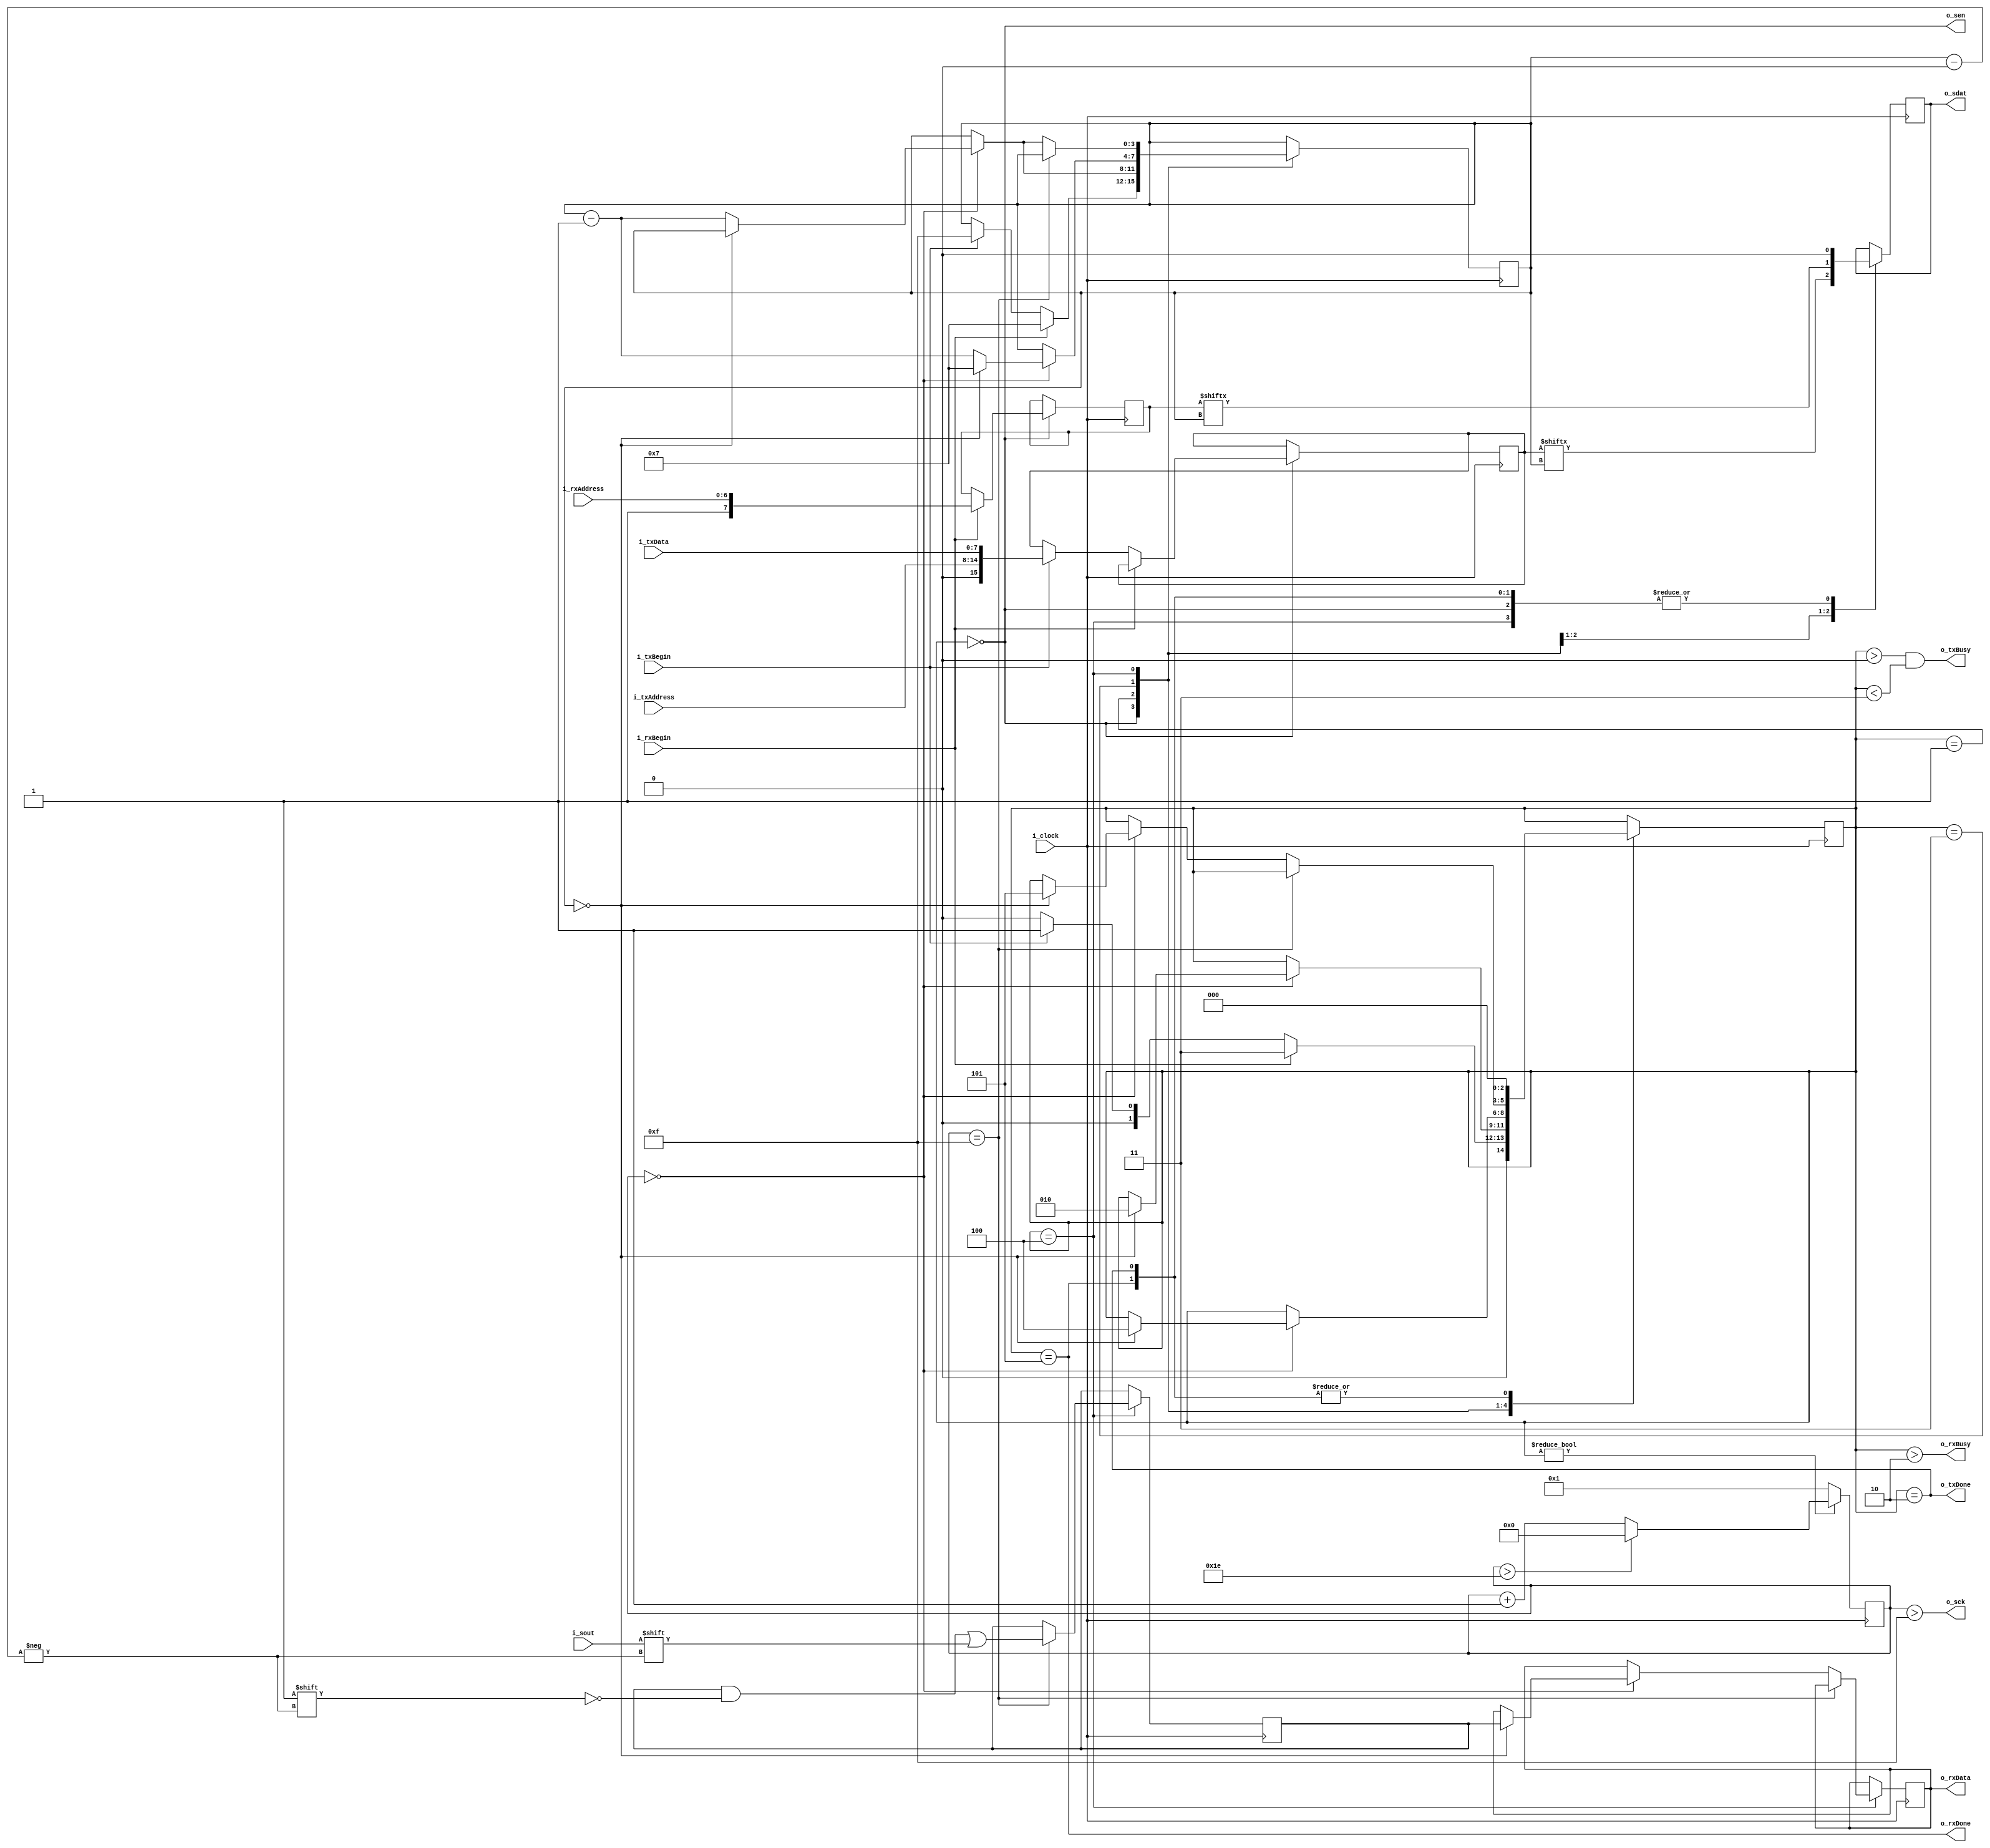
module spi
(
	//Clock
	input 			i_clock,
	
	//Tx
	input			i_txBegin,
	input[6:0]		i_txAddress,
	input[7:0]		i_txData,
	output			o_txBusy,
	output			o_txDone,
	
	//Rx
	input			i_rxBegin,
	input[6:0]		i_rxAddress,
	output reg[7:0]	o_rxData,
	output			o_rxBusy,
	output			o_rxDone,
	
	//IO (Named to match with HDP pin naming)
	input			i_sout, //MISO
	output			o_sen, //CS (active low)
	output			o_sck, //SCK (data clocked on rising edge)
	output reg		o_sdat //MOSI
);

reg[15:0]			r_txData;
reg[7:0]			r_rxAddress;
reg[7:0]			r_rxData;

///////////////////////
//State machine setup//
///////////////////////
parameter 	s_IDLE = 0;
parameter	s_TXSENDING = 1;
parameter 	s_TXDONE	= 2;
parameter 	s_RXSENDING = 3;
parameter 	s_RXRECEIVING = 4;
parameter	s_RXDONE = 5;

reg[2:0]	r_state = s_IDLE;

//Output flags
assign o_txBusy = (r_state > s_IDLE) && (r_state < s_RXSENDING);
assign o_txDone = (r_state == s_TXDONE);

assign o_rxBusy = (r_state > s_TXDONE);
assign o_rxDone = (r_state == s_RXDONE);

assign o_sen = (r_state == s_IDLE);
assign w_clockEnable = (r_state != s_IDLE);

/////////////////
//Clock Divider//
////////////////
parameter 	CLOCKS_PER_BIT = 30;
reg[7:0]	r_clockCounter = 0;


assign o_sck = (r_clockCounter > CLOCKS_PER_BIT[7:1]); //[7:1] is a divide by 2 in effect
//If clock is disabled or has overflowed, set r_clockCounter to 0. This also takes o_sck low which is its idle state

reg[3:0] r_bitCounter = 0;
always @(posedge i_clock) r_clockCounter <= w_clockEnable ? (r_clockCounter > CLOCKS_PER_BIT ? 0 : r_clockCounter + 1) : 1; //Set it to 0 if clock disabled	
//Disabled value is 1 as later routines check for r_clockCounter == 0 to detect falling edge, this means that they happened instantly when the clock became enabled
//The timing error introduced is not significant as SPI is edge triggered so separation not important

always @(posedge i_clock)
begin
	case (r_state)
	
	s_IDLE:
	begin
		o_sdat <= 0;
		if(i_rxBegin)
		begin
			r_state <= s_RXSENDING;
			r_rxAddress <= {1'b1, i_rxAddress[6:0]};
			r_bitCounter <= 4'd7; //1 read bit plus 7 address bits so MSB is bit 7
		end
		else if(i_txBegin)
		begin
			r_state <= s_TXSENDING;
			r_txData <= {1'b0, i_txAddress[6:0], i_txData[7:0]}; //concatenate start bit, address and data
			r_bitCounter <= 4'd15; //16 bits in total, MSB is bit 15
		end
		else r_state <= s_IDLE;
	end //case s_IDLE
	
	s_TXSENDING:
	begin
		o_sdat <= r_txData[r_bitCounter];
		if(r_clockCounter == 0)
		begin
			if(r_bitCounter == 0)
				r_state <= s_TXDONE;
			else
				r_bitCounter <= r_bitCounter - 1;
		end
	end //case s_TXSENDING
	
	s_TXDONE:
	begin
		o_sdat <= 0;
		r_state <= s_IDLE; //Provides delay of 1 clock cycle for o_txDone signal
	end //case s_TXDONE;
	
	s_RXSENDING:
	begin
		o_sdat <= r_rxAddress[r_bitCounter];
		if(r_clockCounter == 0)
		begin
			if(r_bitCounter == 0)
			begin
				r_bitCounter <= 4'd7;
				r_state <= s_RXRECEIVING;
			end
			else
				r_bitCounter <= r_bitCounter - 1;
		end
	end //case s_RXSENDING
	
	s_RXRECEIVING:
	begin
		o_sdat <= 0;
		if(r_clockCounter == CLOCKS_PER_BIT[7:1]) //We are at rising edge of serial clock
		begin
			r_rxData[r_bitCounter] <= i_sout;
		end
		
		else if(r_clockCounter == 0)
		begin
			if(r_bitCounter == 0)
			begin
				r_state <= s_RXDONE;
				o_rxData <= r_rxData;
			end
			else
				r_bitCounter <= r_bitCounter - 1;
		end
	
	end //case s_RXRECEIVING
	
	
	s_RXDONE:
	begin
		o_sdat <= 0;
		r_state <= s_IDLE; //1 clock delay for rx done flag to be set
	end
	endcase
end






endmodule //spi